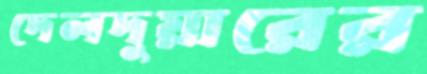
দেলদুয়ারের